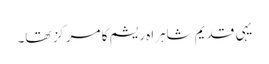
یہی قدیم شاہراہ ریشم کا مرکز تھا۔